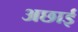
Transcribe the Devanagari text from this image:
अछाई